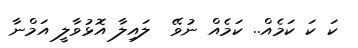
ކަ ކަ ކަމެއް.. ކަމެއް ނުވޭ  ލައިލާ އޮޅުވާލީ އަމްނާ